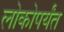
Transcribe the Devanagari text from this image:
लोकोपर्यंत